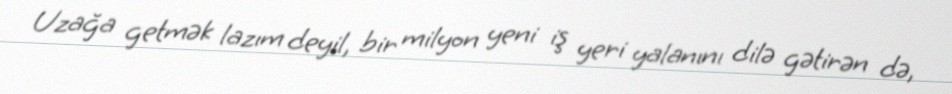
Uzağa getmək lazım deyil, bir milyon yeni iş yeri yalanını dilə gətirən də,